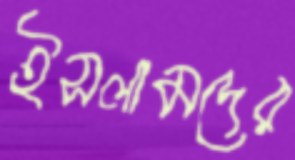
ইসলামদের